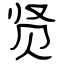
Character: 贤